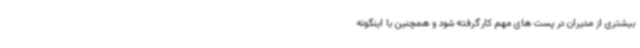
بیشتری از مدیران در پست های مهم کارگرفته شود و همچنین با اینگونه